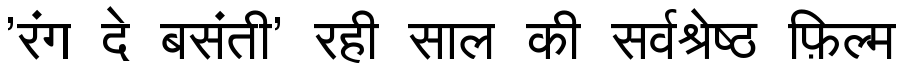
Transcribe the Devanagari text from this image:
'रंग दे बसंती' रही साल की सर्वश्रेष्ठ फ़िल्म